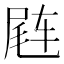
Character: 𬨊